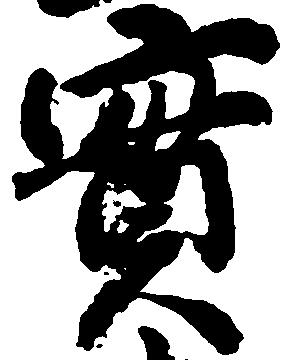
実